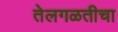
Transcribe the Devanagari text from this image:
तेलगळतीचा